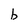
Character: b